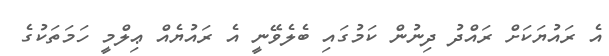
އެ ރައުޔަކަށް ރައްދު ދިނުން ކަމުގައި ބެލެވޭނީ އެ ރައުޔެއް ޢިލްމީ ހަމަތަކުގެ